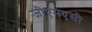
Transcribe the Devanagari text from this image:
जीएमएसी